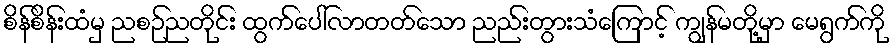
စိန်စိန်းထံမှ ညစဉ်ညတိုင်း ထွက်ပေါ်လာတတ်သော ညည်းတွားသံကြောင့် ကျွန်မတို့မှာ မေရွက်ကို